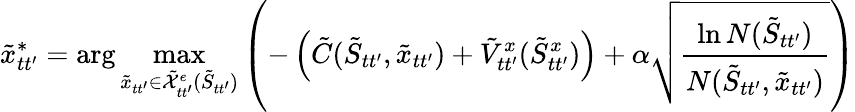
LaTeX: \tilde{x}_{tt^{\prime}}^{*}=\arg\operatorname*{max}_{\tilde{x}_{tt^{\prime}}\in\tilde{\mathcal{X}}_{tt^{\prime}}^{e}(\tilde{S}_{tt^{\prime}})}\left(-\left(\tilde{C}(\tilde{S}_{tt^{\prime}},\tilde{x}_{tt^{\prime}})+\tilde{V}_{tt^{\prime}}^{x}(\tilde{S}_{tt^{\prime}}^{x})\right)+\alpha\sqrt{\frac{\ln N(\tilde{S}_{tt^{\prime}})}{N(\tilde{S}_{tt^{\prime}},\tilde{x}_{tt^{\prime}})}}\right)